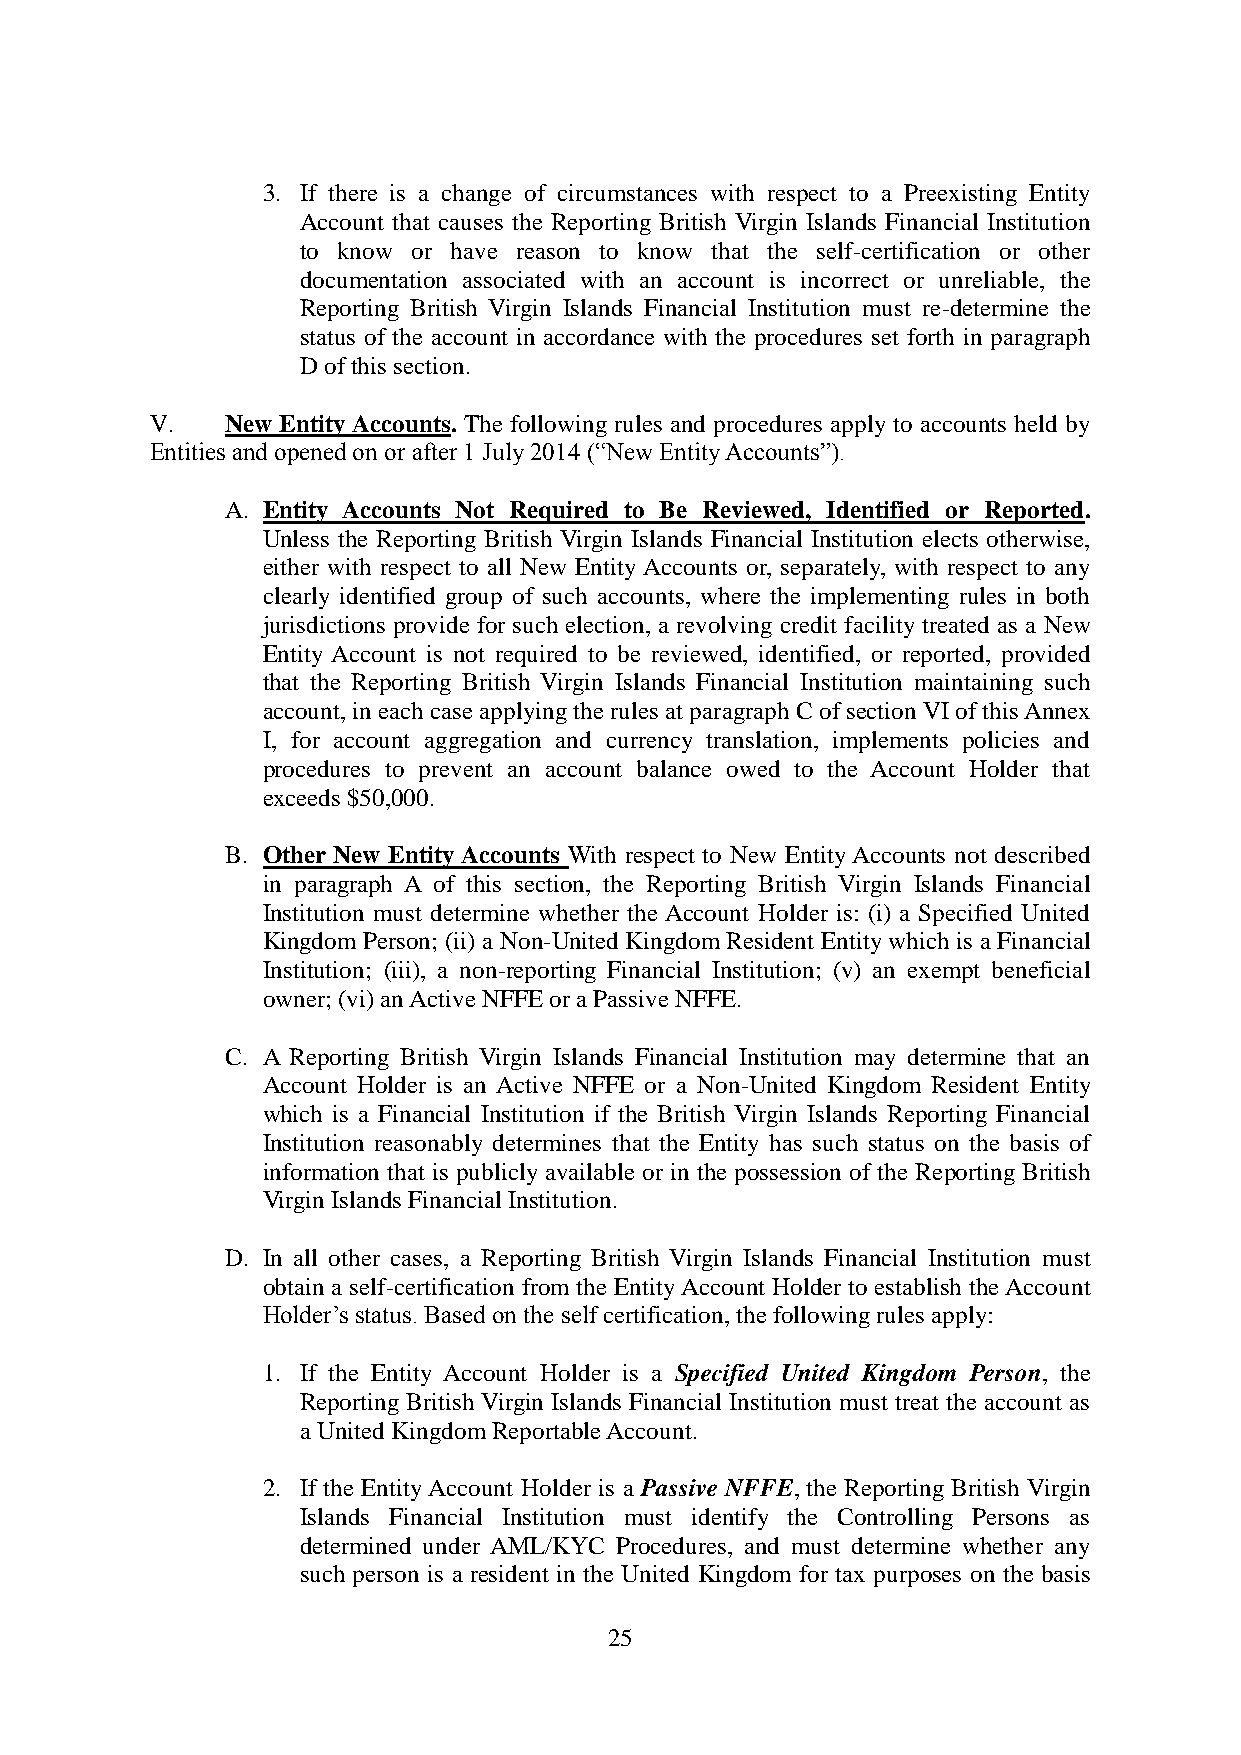
3. If there is a change of circumstances with respect to a Preexisting Entity
 Account that causes the Reporting British Virgin Islands Financial Institution
 to know or have reason to know that the self-certification or other
 documentation associated with an account is incorrect or unreliable, the
 Reporting British Virgin Islands Financial Institution must re-determine the
 status of the account in accordance with the procedures set forth in paragraph
 D of this section.
 V.   New Entity Accounts. The following rules and procedures apply to accounts held by
 Entities and opened on or after 1 July 2014 (“New Entity Accounts”).
 A. Entity Accounts Not Required to Be Reviewed, Identified or Reported.
 Unless the Reporting British Virgin Islands Financial Institution elects otherwise,
 either with respect to all New Entity Accounts or, separately, with respect to any
 clearly identified group of such accounts, where the implementing rules in both
 jurisdictions provide for such election, a revolving credit facility treated as a New
 Entity Account is not required to be reviewed, identified, or reported, provided
 that the Reporting British Virgin Islands Financial Institution maintaining such
 account, in each case applying the rules at paragraph C of section VI of this Annex
 I, for account aggregation and currency translation, implements policies and
 procedures to prevent an account balance owed to the Account Holder that
 exceeds $50,000.
 B. Other New Entity Accounts With respect to New Entity Accounts not described
 in paragraph A of this section, the Reporting British Virgin Islands Financial
 Institution must determine whether the Account Holder is: (i) a Specified United
 Kingdom Person; (ii) a Non-United Kingdom Resident Entity which is a Financial
 Institution; (iii), a non-reporting Financial Institution; (v) an exempt beneficial
 owner; (vi) an Active NFFE or a Passive NFFE.
 C. A Reporting British Virgin Islands Financial Institution may determine that an
 Account Holder is an Active NFFE or a Non-United Kingdom Resident Entity
 which is a Financial Institution if the British Virgin Islands Reporting Financial
 Institution reasonably determines that the Entity has such status on the basis of
 information that is publicly available or in the possession of the Reporting British
 Virgin Islands Financial Institution.
 D. In all other cases, a Reporting British Virgin Islands Financial Institution must
 obtain a self-certification from the Entity Account Holder to establish the Account
 Holder’s status. Based on the self certification, the following rules apply:
 1. If the Entity Account Holder is a Specified United Kingdom Person, the
 Reporting British Virgin Islands Financial Institution must treat the account as
 a United Kingdom Reportable Account.
 2. If the Entity Account Holder is a Passive NFFE, the Reporting British Virgin
 Islands Financial Institution must identify the Controlling Persons as
 determined under AML/KYC Procedures, and must determine whether any
 such person is a resident in the United Kingdom for tax purposes on the basis
 25